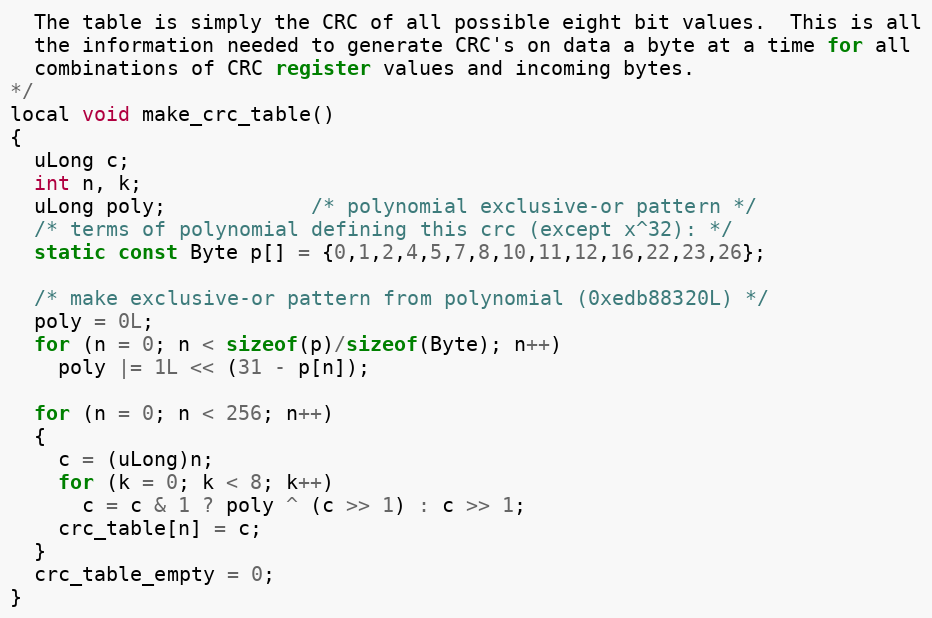
Language: C
  The table is simply the CRC of all possible eight bit values.  This is all
  the information needed to generate CRC's on data a byte at a time for all
  combinations of CRC register values and incoming bytes.
*/
local void make_crc_table()
{
  uLong c;
  int n, k;
  uLong poly;            /* polynomial exclusive-or pattern */
  /* terms of polynomial defining this crc (except x^32): */
  static const Byte p[] = {0,1,2,4,5,7,8,10,11,12,16,22,23,26};

  /* make exclusive-or pattern from polynomial (0xedb88320L) */
  poly = 0L;
  for (n = 0; n < sizeof(p)/sizeof(Byte); n++)
    poly |= 1L << (31 - p[n]);

  for (n = 0; n < 256; n++)
  {
    c = (uLong)n;
    for (k = 0; k < 8; k++)
      c = c & 1 ? poly ^ (c >> 1) : c >> 1;
    crc_table[n] = c;
  }
  crc_table_empty = 0;
}